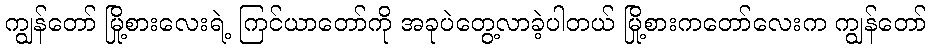
ကျွန်တော် မြို့စားလေးရဲ့ ကြင်ယာတော်ကို အခုပဲတွေ့လာခဲ့ပါတယ် မြို့စားကတော်လေးက ကျွန်တော်